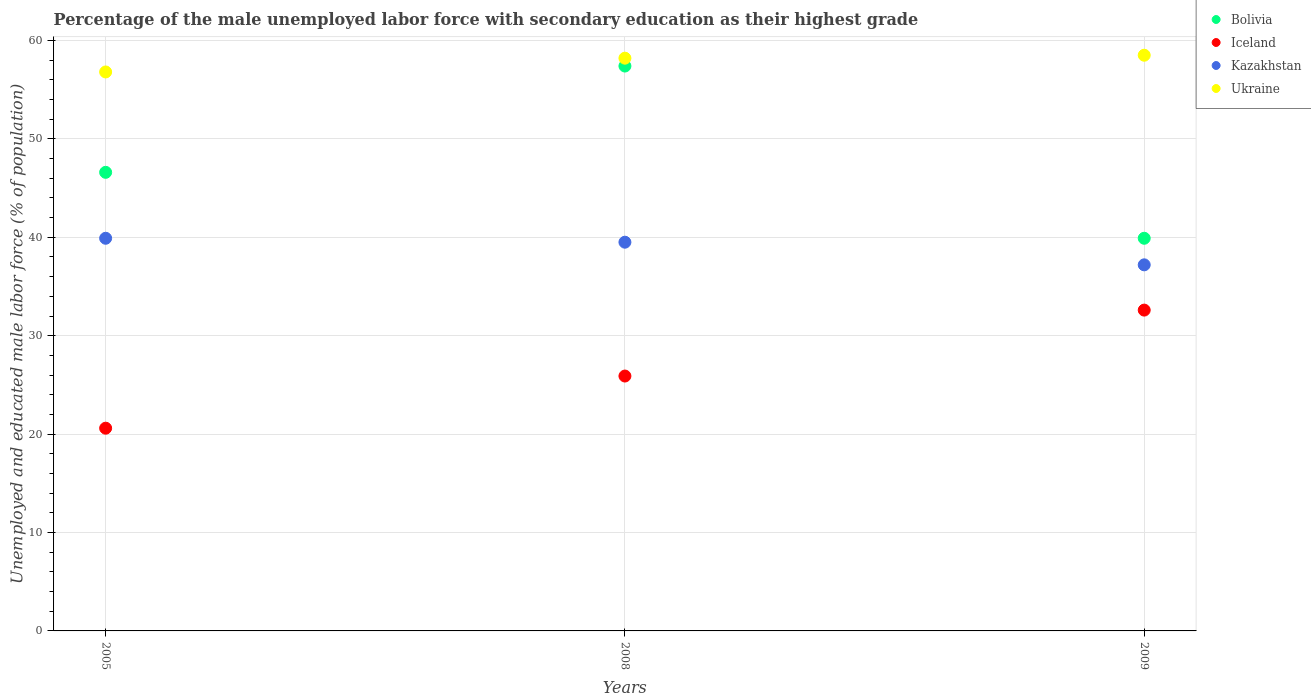
| Years | Bolivia | Iceland | Kazakhstan | Ukraine |
 | --- | --- | --- | --- | --- |
 | 2005 | 46.6 | 20.6 | 39.9 | 56.8 |
 | 2008 | 57.4 | 25.9 | 39.5 | 58.2 |
 | 2009 | 39.9 | 32.6 | 37.2 | 58.5 |